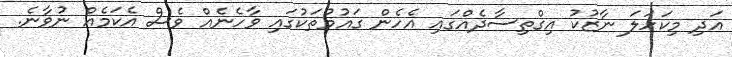
އަދި މިކަހަލަ ނާޒުކު އިގްތިސާދެއްގައި އެހެން ގައުމުތަކުގައި ވާހެނެއް ވެސް އެކަމެއް ނުވާނެ.